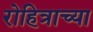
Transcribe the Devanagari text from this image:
रोहित्राच्या